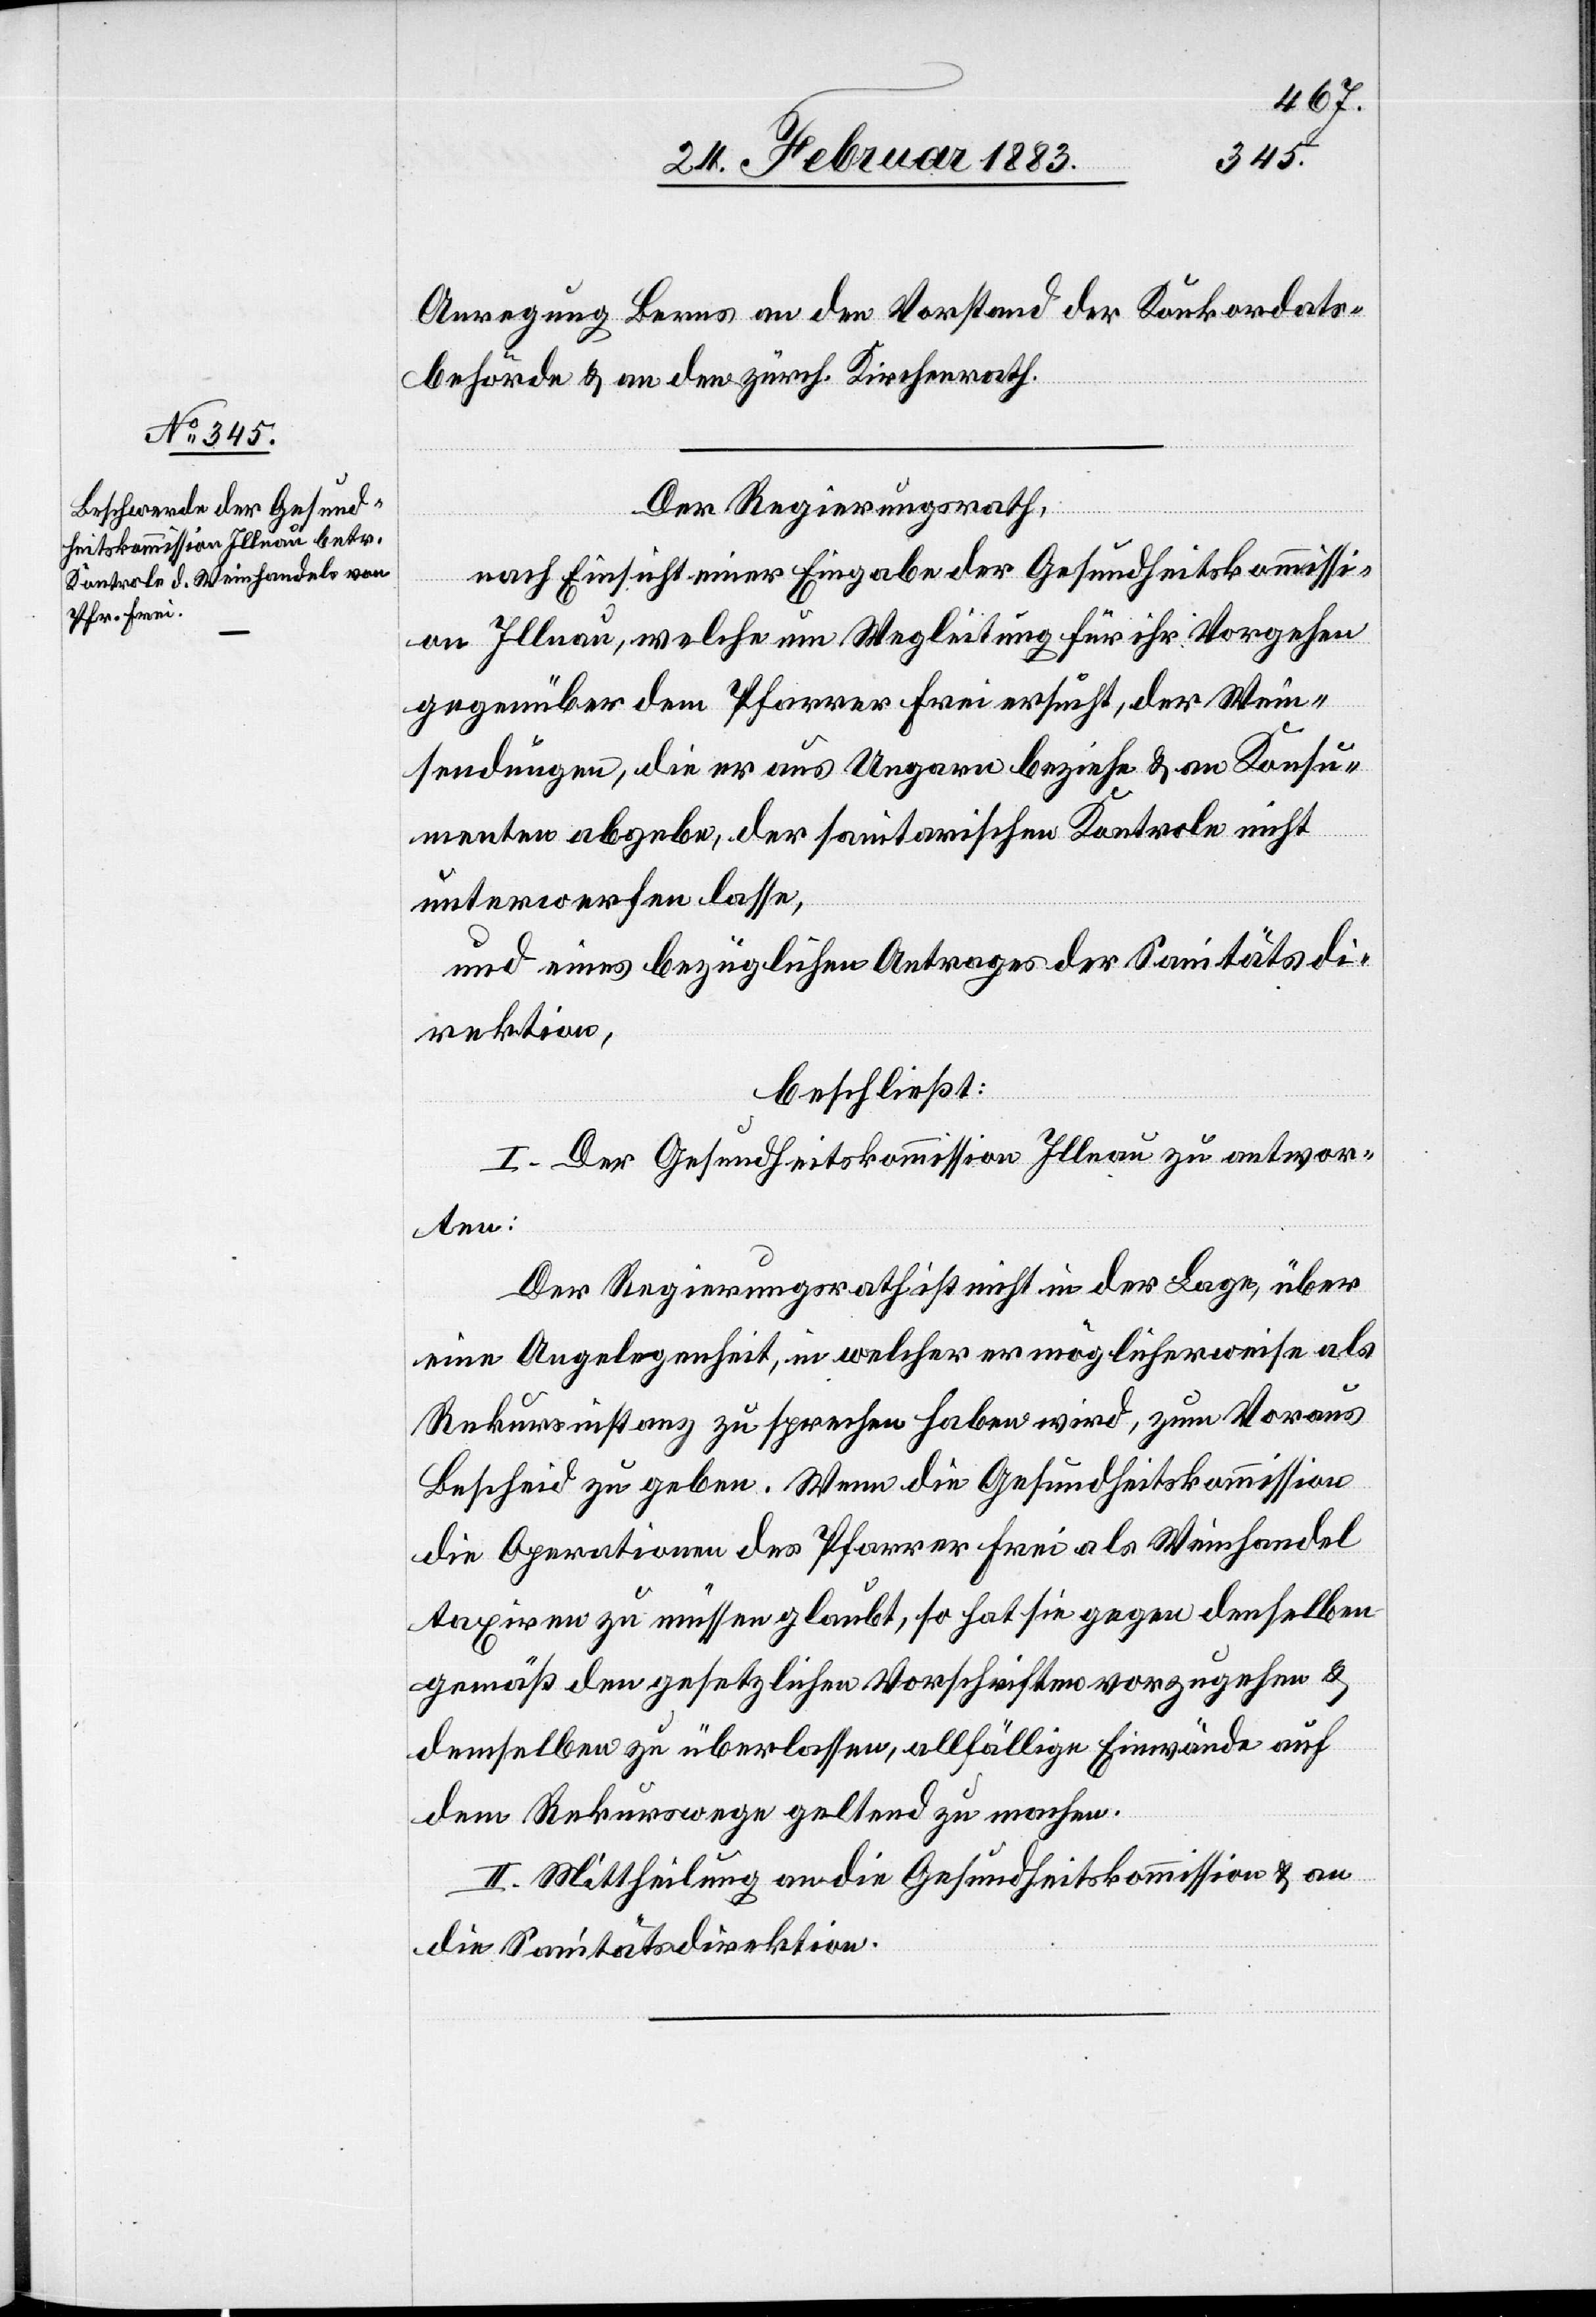
Anregung Berns an den Vorstand der Konkordats¬
behörde & an den zürch. Kirchenrath.
Der Regierungsrath,
nach Einsicht einer Eingabe der Gesundheitskommissi¬
on Illnau, welche um Wegleitung für ihr Vorgehen
gegenüber dem Pfarrer Frei ersucht, der Wein¬
sendungen, die er aus Ungarn beziehe & an Konsu¬
menten abgebe, der sanitarischen Kontrole nicht
unterwerfen lasse,
und eines bezüglichen Antrages der Sanitätsdi¬
rektion,
beschließt:
I. Der Gesundheitskommission Illnau zu antwor¬
ten:
Der Regierungsrath ist nicht in der Lage, über
eine Angelegenheit, in welcher er möglicherweise als
Rekursinstanz zu sprechen haben wird, zum Voraus
Bescheid zu geben. Wenn die Gesundheitskommission
die Operationen des Pfarrer Frei als Weinhandel
taxiren zu müssen glaubt, so hat sie gegen denselben
gemäß den gesetzlichen Vorschriften vorzugehen &
demselben zu überlassen, allfällige Einwände auf
dem Rekurswege geltend zu machen.
II. Mittheilung an die Gesundheitskommission & an
die Sanitätsdirektion.